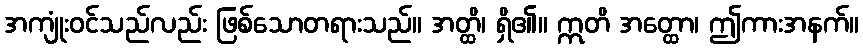
အကျုံးဝင်သည်လည်း ဖြစ်သောတရားသည်။ အတ္ထိ၊ ရှိ၏။ ဣတိ အတ္ထော၊ ဤကားအနက်။